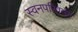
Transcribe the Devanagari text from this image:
स्वनपरिवर्तन